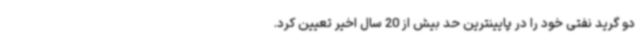
دو گرید نفتی خود را در پایینترین حد بیش از 20 سال اخیر تعیین کرد.